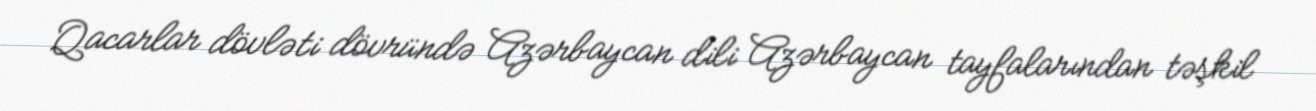
Qacarlar dövləti dövründə Azərbaycan dili Azərbaycan tayfalarından təşkil